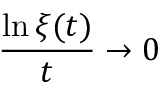
{ \frac { \ln \xi ( t ) } { t } } \to 0